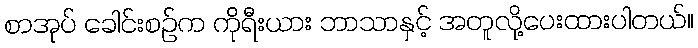
စာအုပ် ခေါင်းစဉ်က ကိုရီးယား ဘာသာနှင့် အတူလို့ပေးထားပါတယ်။